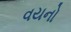
વયનો